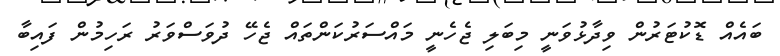
ބައެއް ޑޮކުޓަރުން ވިދާޅުވަނީ މިބަލި ޖެހެނީ މައްސަރުކަންތައް ޖެހޭ ދުވަސްވަރު ރަހިމުން ފައިބާ